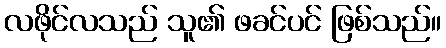
လဖိုင်လသည် သူ၏ ဖခင်ပင် ဖြစ်သည်။